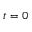
t = 0